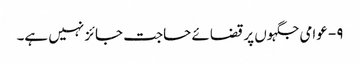
۹- عوامی جگہوں پر قضائے حاجت جائز نہیں ہے۔